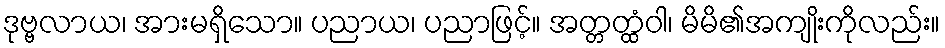
ဒုဗ္ဗလာယ၊ အားမရှိသော။ ပညာယ၊ ပညာဖြင့်။ အတ္တတ္ထံဝါ၊ မိမိ၏အကျိုးကိုလည်း။